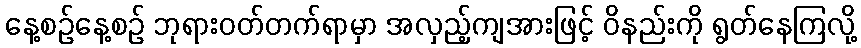
နေ့စဉ်နေ့စဉ် ဘုရားဝတ်တက်ရာမှာ အလှည့်ကျအားဖြင့် ဝိနည်းကို ရွတ်နေကြလို့